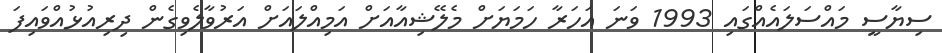
ސިޔާސީ މައްސަލައެއްގައި 1993 ވަނަ އަހަރާ ހަމަޔަށް މެލޭޝިއާއަށް އަމިއްލައަށް އަރުވާލެވިގެން ދިރިއުޅުއްވައިފަ